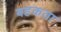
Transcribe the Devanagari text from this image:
बहकता